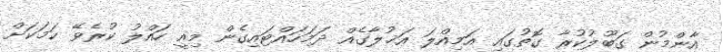
އާންމުން ގަބޫލުކުރާ ގޮތުގައި އަމިއްލަ އަޚުލާގެއް ދަމަހައްޓައިގެން މިއީ ހައްލު ކުރެވޭ ކަމަކަށް